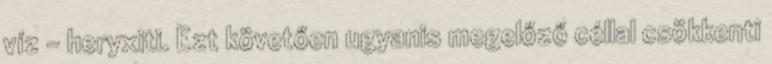
víz - heryxiti. Ezt követően ugyanis megelőző céllal csökkenti